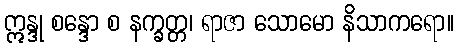
ဣန္ဒု စန္ဒော စ နက္ခတ္တ၊ ရာဇာ သောမော နိသာကရော။